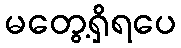
မတွေ့ရှိရပေ